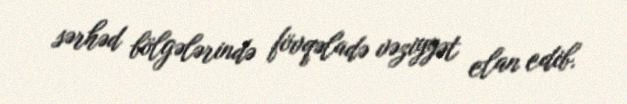
sərhəd bölgələrində fövqəladə vəziyyət elan edib.